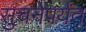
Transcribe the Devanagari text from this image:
सुचनेपर्यंत